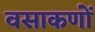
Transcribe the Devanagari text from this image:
वसाकणों